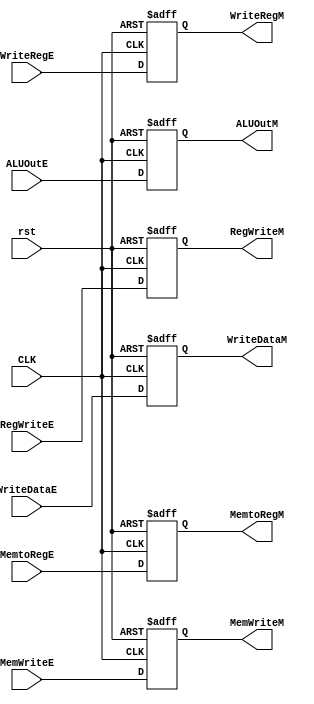
module REG_M(
input [31:0] ALUOutE,WriteDataE,
input MemWriteE,RegWriteE,MemtoRegE,
input [4:0] WriteRegE,
input CLK,rst,
output reg MemWriteM,RegWriteM,MemtoRegM,
output reg [31:0] ALUOutM,WriteDataM,
output reg [4:0] WriteRegM 
);
always @(posedge CLK or negedge rst) begin
    if(!rst) begin
MemWriteM<=0;
RegWriteM<=0;
MemtoRegM<=0;
ALUOutM<=0;
WriteDataM<=0;
WriteRegM<=0;  
    end
    else begin
MemWriteM<=MemWriteE;
RegWriteM<=RegWriteE;
MemtoRegM<=MemtoRegE;
ALUOutM<=ALUOutE;
WriteDataM<=WriteDataE;
WriteRegM<=WriteRegE;
end 
end
endmodule